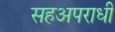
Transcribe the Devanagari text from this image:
सहअपराधी